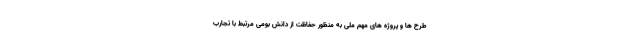
طرح ها و پروژه های مهم ملی به منظور حفاظت از دانش بومی مرتبط با تجارب